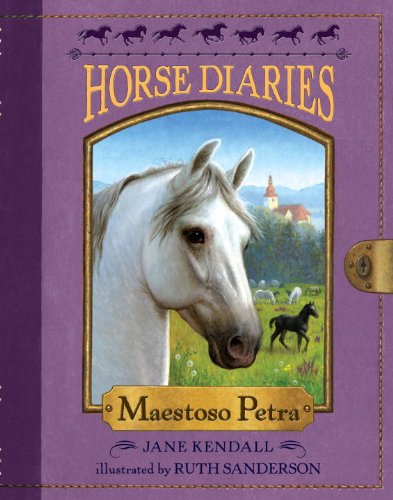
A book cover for Horse Diaries #4: Maestoso Petra; Jane Kendall; Children's Books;